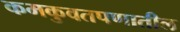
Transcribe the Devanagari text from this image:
कमकुवतपणातील